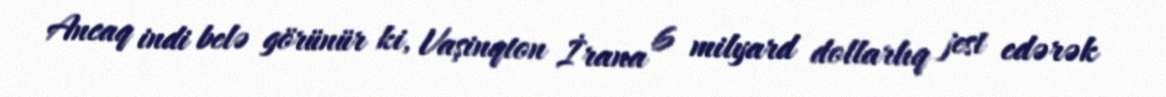
Ancaq indi belə görünür ki, Vaşinqton İrana 6 milyard dollarlıq jest edərək